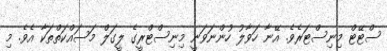
ސްޓޭޓް މިނިސްޓަރެވެ. އޭނާ ހަވާލު ހުންނަވަނީ މިނިސްޓްރީގެ ލީގަލް މަސައްކަތްތަކާ އެވެ. މި